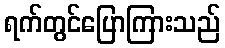
ရက်တွင်ပြောကြားသည်